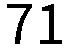
71